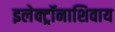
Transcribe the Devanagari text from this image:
इलेक्ट्रॉनाशिवाय